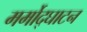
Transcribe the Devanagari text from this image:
मर्मोद्घाटन